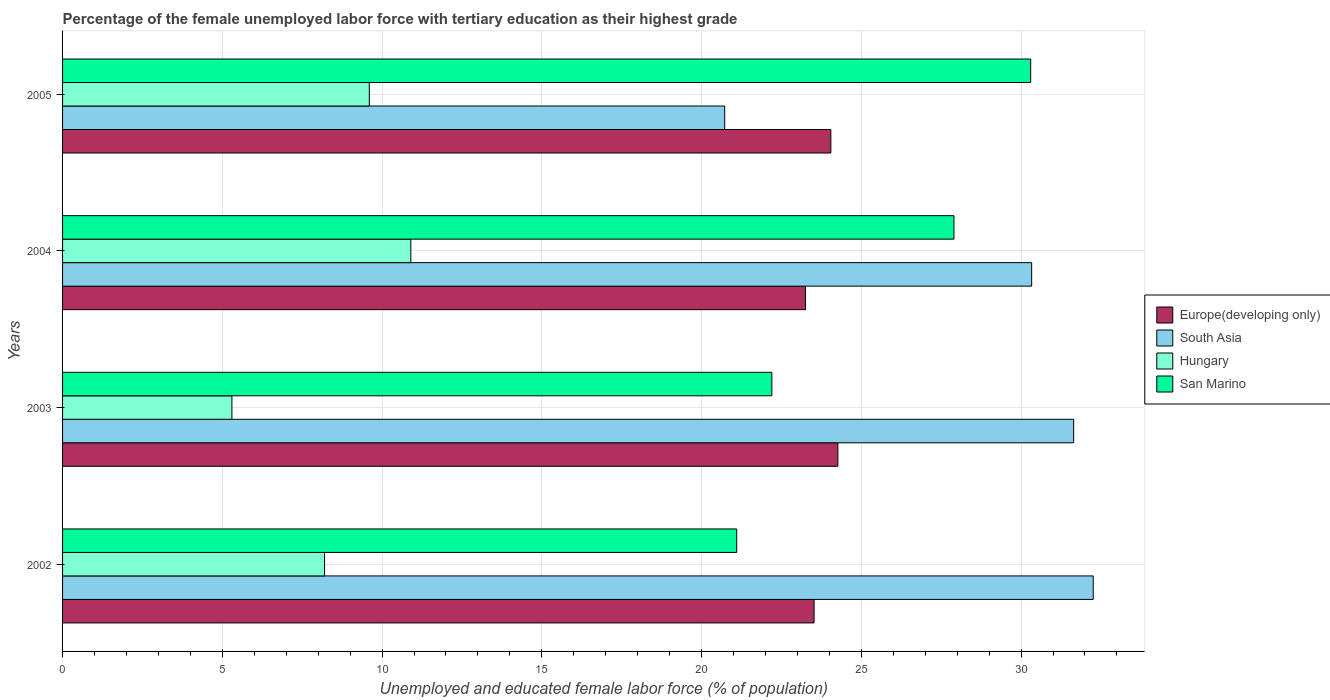
| Years | Europe(developing only) | South Asia | Hungary | San Marino |
 | --- | --- | --- | --- | --- |
 | 2002 | 23.5 | 32.3 | 8.2 | 21.1 |
 | 2003 | 24.3 | 31.6 | 5.3 | 22.2 |
 | 2004 | 23.3 | 30.3 | 10.9 | 27.9 |
 | 2005 | 24 | 20.7 | 9.6 | 30.3 |